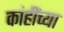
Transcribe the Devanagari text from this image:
कांहींच्या